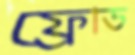
ফ্রোড